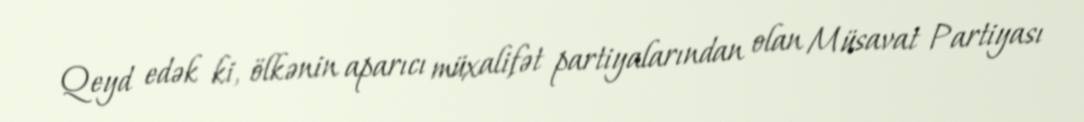
Qeyd edək ki, ölkənin aparıcı müxalifət partiyalarından olan Müsavat Partiyası